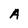
Character: A